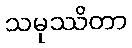
သမုဿိတာ